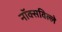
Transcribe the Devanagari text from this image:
नॉक्सविल्ले